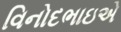
વિનોદભાઇએ